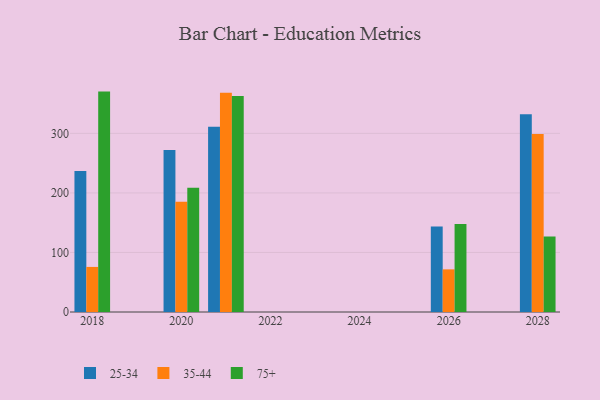
{"axis": {"x": "Year", "y": "Active Users"}, "legend": ["25-34", "35-44", "75+"], "data": [{"x": "2028", "y": 332.1, "type": "25-34"}, {"x": "2028", "y": 298.9, "type": "35-44"}, {"x": "2028", "y": 126.9, "type": "75+"}, {"x": "2026", "y": 143.6, "type": "25-34"}, {"x": "2026", "y": 71.6, "type": "35-44"}, {"x": "2026", "y": 147.7, "type": "75+"}, {"x": "2020", "y": 271.9, "type": "25-34"}, {"x": "2020", "y": 185.0, "type": "35-44"}, {"x": "2020", "y": 208.7, "type": "75+"}, {"x": "2018", "y": 236.7, "type": "25-34"}, {"x": "2018", "y": 75.7, "type": "35-44"}, {"x": "2018", "y": 370.2, "type": "75+"}, {"x": "2021", "y": 311.2, "type": "25-34"}, {"x": "2021", "y": 368.4, "type": "35-44"}, {"x": "2021", "y": 362.7, "type": "75+"}]}